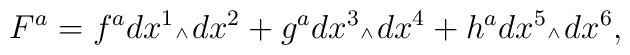
F^a= f^a dx^{1}\mbox{\tiny $\wedge\,$} dx^{2} + g^a dx^{3}\mbox{\tiny $\wedge\,$} dx^{4} + h^a dx^{5}\mbox{\tiny $\wedge\,$} dx^{6},